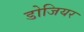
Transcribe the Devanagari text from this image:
डोजियर